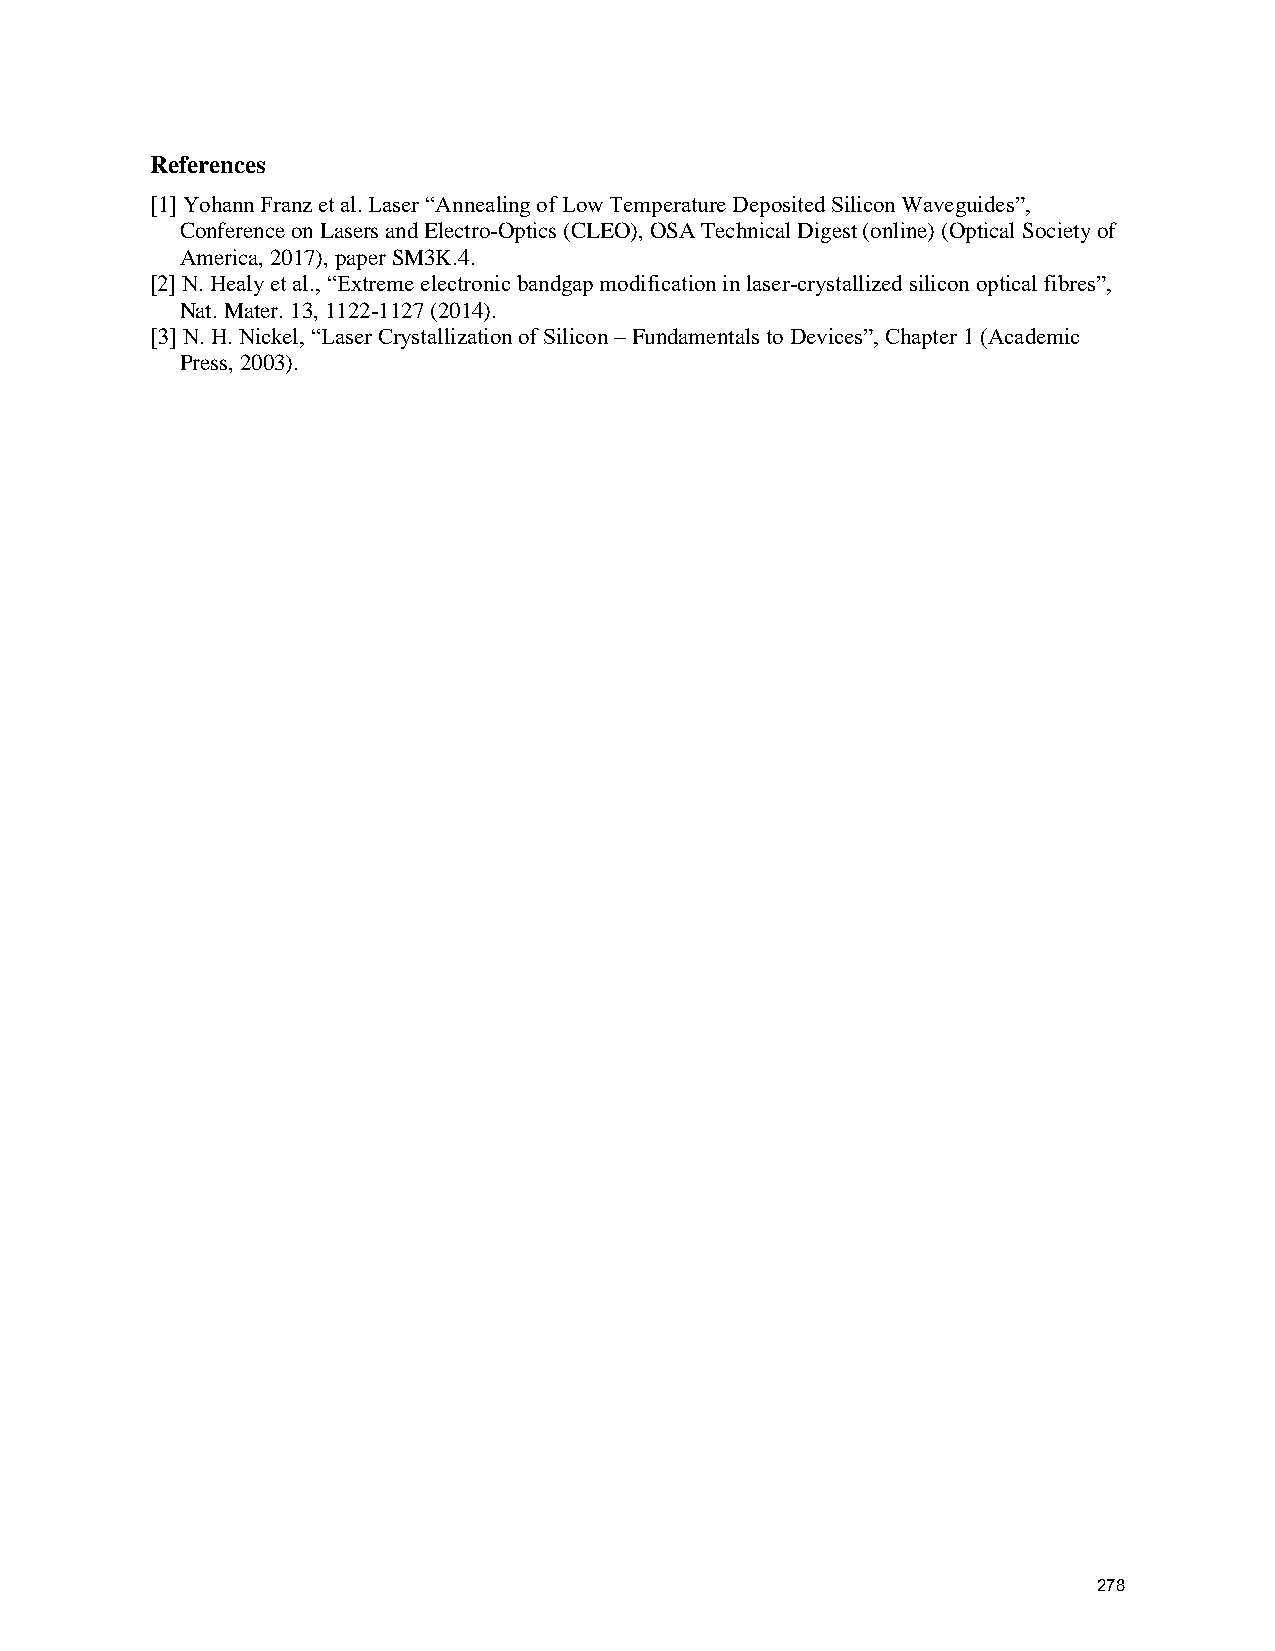
References
 [1] Yohann Franz et al. Laser “Annealing of Low Temperature Deposited Silicon Waveguides”,
 Conference on Lasers and Electro-Optics (CLEO), OSA Technical Digest (online) (Optical Society of
 America, 2017), paper SM3K.4.
 [2] N. Healy et al., “Extreme electronic bandgap modification in laser-crystallized silicon optical fibres”,
 Nat. Mater. 13, 1122-1127 (2014).
 [3] N. H. Nickel, “Laser Crystallization of Silicon – Fundamentals to Devices”, Chapter 1 (Academic
 Press, 2003).
 278